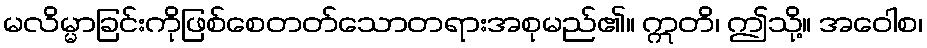
မလိမ္မာခြင်းကိုဖြစ်စေတတ်သောတရားအစုမည်၏။ ဣတိ၊ ဤသို့။ အဝေါစ၊